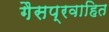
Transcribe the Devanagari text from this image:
गैसप्रवाहित